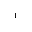
^ { - 1 }